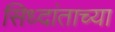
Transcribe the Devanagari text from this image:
सिध्दांताच्या